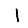
Digit: 1